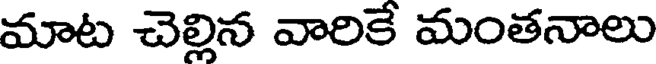
మాట చెల్లిన వారికే మంతనాలు